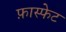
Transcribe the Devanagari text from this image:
फ़ास्फेट